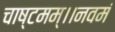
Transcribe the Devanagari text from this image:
चाष्टमम्।।नवमं